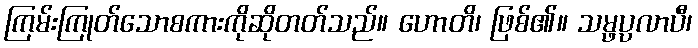
ကြမ်းကြုတ်သောစကားကိုဆိုတတ်သည်။ ဟောတိ၊ ဖြစ်၏။ သမ္ဖပ္ပလာပီ၊